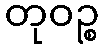
တုဝဉ္စ